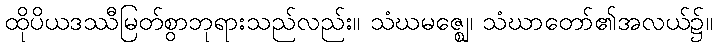
ထိုပိယဒဿီမြတ်စွာဘုရားသည်လည်း။ သံဃမဇ္ဈေ၊ သံဃာတော်၏အလယ်၌။